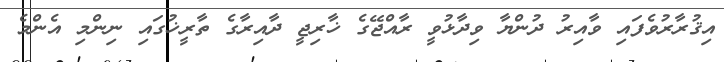
އިޤުރާރުވެފައި ވާއިރު ދުންޔާ ވިދާޅުވީ ރާއްޖޭގެ ޚާރިޖީ ދާއިރާގެ ތާރީޚުގައި ނިންމި އެންމެ